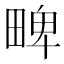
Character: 㽡